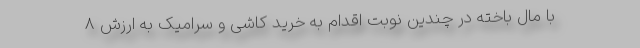
با مال باخته در چندین نوبت اقدام به خرید کاشی و سرامیک به ارزش 8